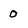
Character: 0